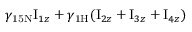
\gamma _ { \mathrm { 1 5 N } } \mathrm { I } _ { 1 z } + \gamma _ { \mathrm { 1 H } } ( \mathrm { I } _ { 2 z } + \mathrm { I } _ { 3 z } + \mathrm { I } _ { 4 z } )